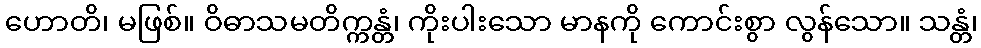
ဟောတိ၊ မဖြစ်။ ဝိဓာသမတိက္ကန္တံ၊ ကိုးပါးသော မာနကို ကောင်းစွာ လွန်သော။ သန္တံ၊